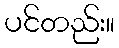
ပင်တည်း။